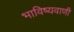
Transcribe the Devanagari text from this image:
भाविष्यवाणी